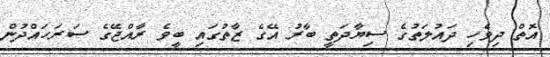
އޮތް ދިވެހި ދައުލަތުގެ ސިޔާދަތީ ބާރު އޭގެ ޒާތުގައި ބީވެ ރާއްޖޭގެ ސަރަހައްދުން